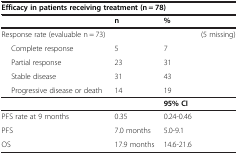
<table><thead><tr><td colspan="4"><b>Efficacy in patients receiving treatment (n = 78)</b></td></tr><tr><td><b> </b></td><td><b>n</b></td><td><b>%</b></td><td><b> </b></td></tr></thead><tbody><tr><td>Response rate (evaluable n = 73)</td><td> </td><td> </td><td>(5 missing)</td></tr><tr><td>Complete response</td><td>5</td><td>7</td><td> </td></tr><tr><td>Partial response</td><td>23</td><td>31</td><td> </td></tr><tr><td>Stable disease</td><td>31</td><td>43</td><td> </td></tr><tr><td>Progressive disease or death</td><td>14</td><td>19</td><td> </td></tr><tr><td> </td><td> </td><td><b>95% </b><b>CI</b></td><td> </td></tr><tr><td>PFS rate at 9 months</td><td>0.35</td><td>0.24-0.46</td><td> </td></tr><tr><td>PFS</td><td>7.0 months</td><td>5.0-9.1</td><td> </td></tr><tr><td>OS</td><td>17.9 months</td><td>14.6-21.6</td><td> </td></tr></tbody></table>